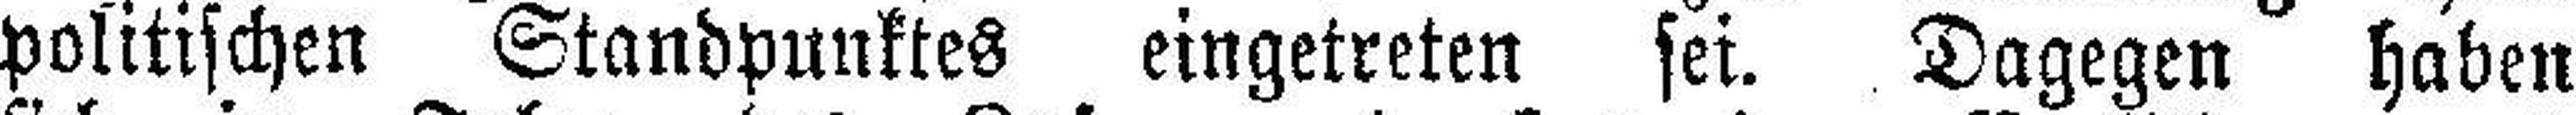
politischen Standpunktes eingetreten sei. Dagegen haben